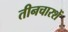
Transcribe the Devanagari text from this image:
तीनचारशें